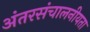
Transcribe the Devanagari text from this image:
अंतरसंचालनीयता